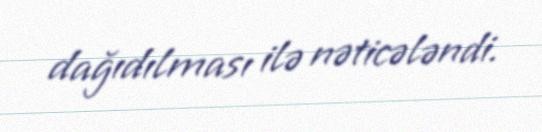
dağıdılması ilə nəticələndi.